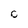
Character: C